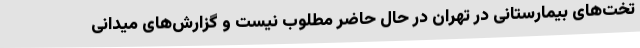
تخت‌های بیمارستانی در تهران در حال حاضر مطلوب نیست و گزارش‌های میدانی